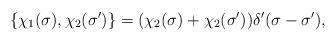
LaTeX: \begin{align*}\{\chi_1(\sigma ),\chi _2(\sigma ')\}=(\chi_2(\sigma )+\chi _2(\sigma '))\delta '(\sigma-\sigma'),\end{align*}